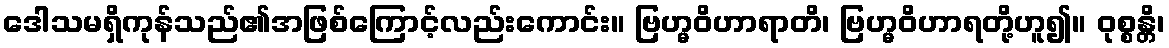
ဒေါသမရှိကုန်သည်၏အဖြစ်ကြောင့်လည်းကောင်း။ ဗြဟ္မဝိဟာရာတိ၊ ဗြဟ္မဝိဟာရတို့ဟူ၍။ ဝုစ္စန္တိ၊